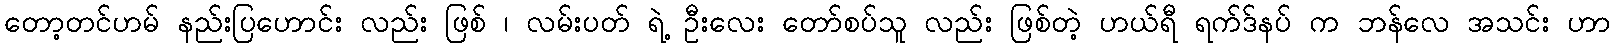
တော့တင်ဟမ် နည်းပြဟောင်း လည်း ဖြစ် ၊ လမ်းပတ် ရဲ့ ဦးလေး တော်စပ်သူ လည်း ဖြစ်တဲ့ ဟယ်ရီ ရက်ဒ်နပ် က ဘန်လေ အသင်း ဟာ